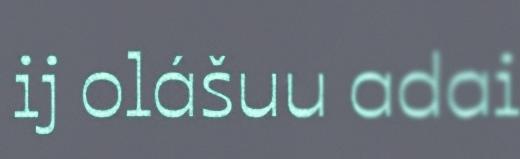
ij olášuu adai